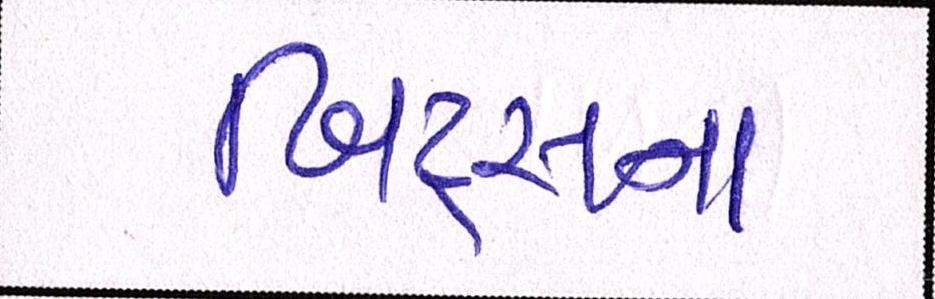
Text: બિટ્સના